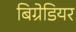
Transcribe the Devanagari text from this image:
बिग्रेडियर